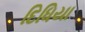
દિધિયા